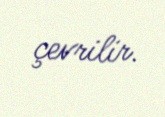
çevrilir.